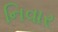
નિવાર